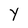
Character: Y